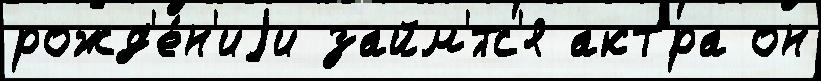
рожд'е́н'иjи займ'́тс'я акт'́ра он